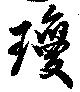
瓊